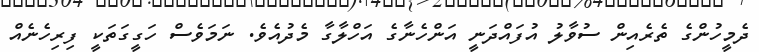
ދެމީހުންގެ ތެރެއިން ސުވާލު އުފައްދަނީ އަންހެނާގެ އަހްލާގާ މެދުއެވެ. ނަމަވެސް ހަގީގަތަކީ ފިރިހެނެއް